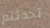
تحدثتم